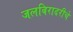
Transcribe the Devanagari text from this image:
जलबिरादरीचे